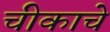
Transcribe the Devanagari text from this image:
चीकाचे